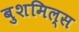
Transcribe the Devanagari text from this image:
बुशमिल्स